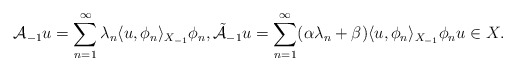
\begin{align*} \mathcal{A}_{-1} u = \sum_{n = 1}^{\infty} \lambda_{n} \langle u, \phi_{n}\rangle_{X_{-1}} \phi_{n}, \tilde{\mathcal{A}}_{-1} u = \sum_{n = 1}^{\infty} (\alpha \lambda_{n} + \beta) \langle u, \phi_{n}\rangle_{X_{-1}} \phi_{n} u \in X. \end{align*}